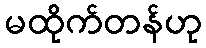
မထိုက်တန်ဟု